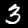
Digit: 3